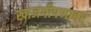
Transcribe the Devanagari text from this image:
खाजगीपणावर